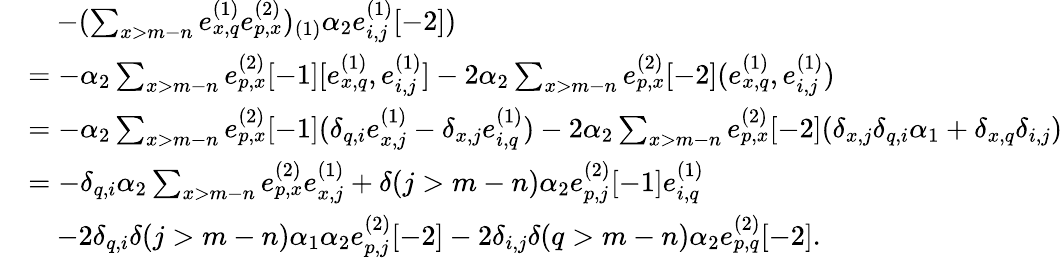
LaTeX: \begin{array}{rl}&{\quad-(\sum_{x>m-n}e_{x,q}^{(1)}e_{p,x}^{(2)})_{(1)}\alpha_{2}e_{i,j}^{(1)}[-2])}\\ &{=-\alpha_{2}\sum_{x>m-n}e_{p,x}^{(2)}[-1][e_{x,q}^{(1)},e_{i,j}^{(1)}]-2\alpha_{2}\sum_{x>m-n}e_{p,x}^{(2)}[-2](e_{x,q}^{(1)},e_{i,j}^{(1)})}\\ &{=-\alpha_{2}\sum_{x>m-n}e_{p,x}^{(2)}[-1](\delta_{q,i}e_{x,j}^{(1)}-\delta_{x,j}e_{i,q}^{(1)})-2\alpha_{2}\sum_{x>m-n}e_{p,x}^{(2)}[-2](\delta_{x,j}\delta_{q,i}\alpha_{1}+\delta_{x,q}\delta_{i,j})}\\ &{=-\delta_{q,i}\alpha_{2}\sum_{x>m-n}e_{p,x}^{(2)}e_{x,j}^{(1)}+\delta(j>m-n)\alpha_{2}e_{p,j}^{(2)}[-1]e_{i,q}^{(1)}}\\ &{\quad-2\delta_{q,i}\delta(j>m-n)\alpha_{1}\alpha_{2}e_{p,j}^{(2)}[-2]-2\delta_{i,j}\delta(q>m-n)\alpha_{2}e_{p,q}^{(2)}[-2].}\end{array}